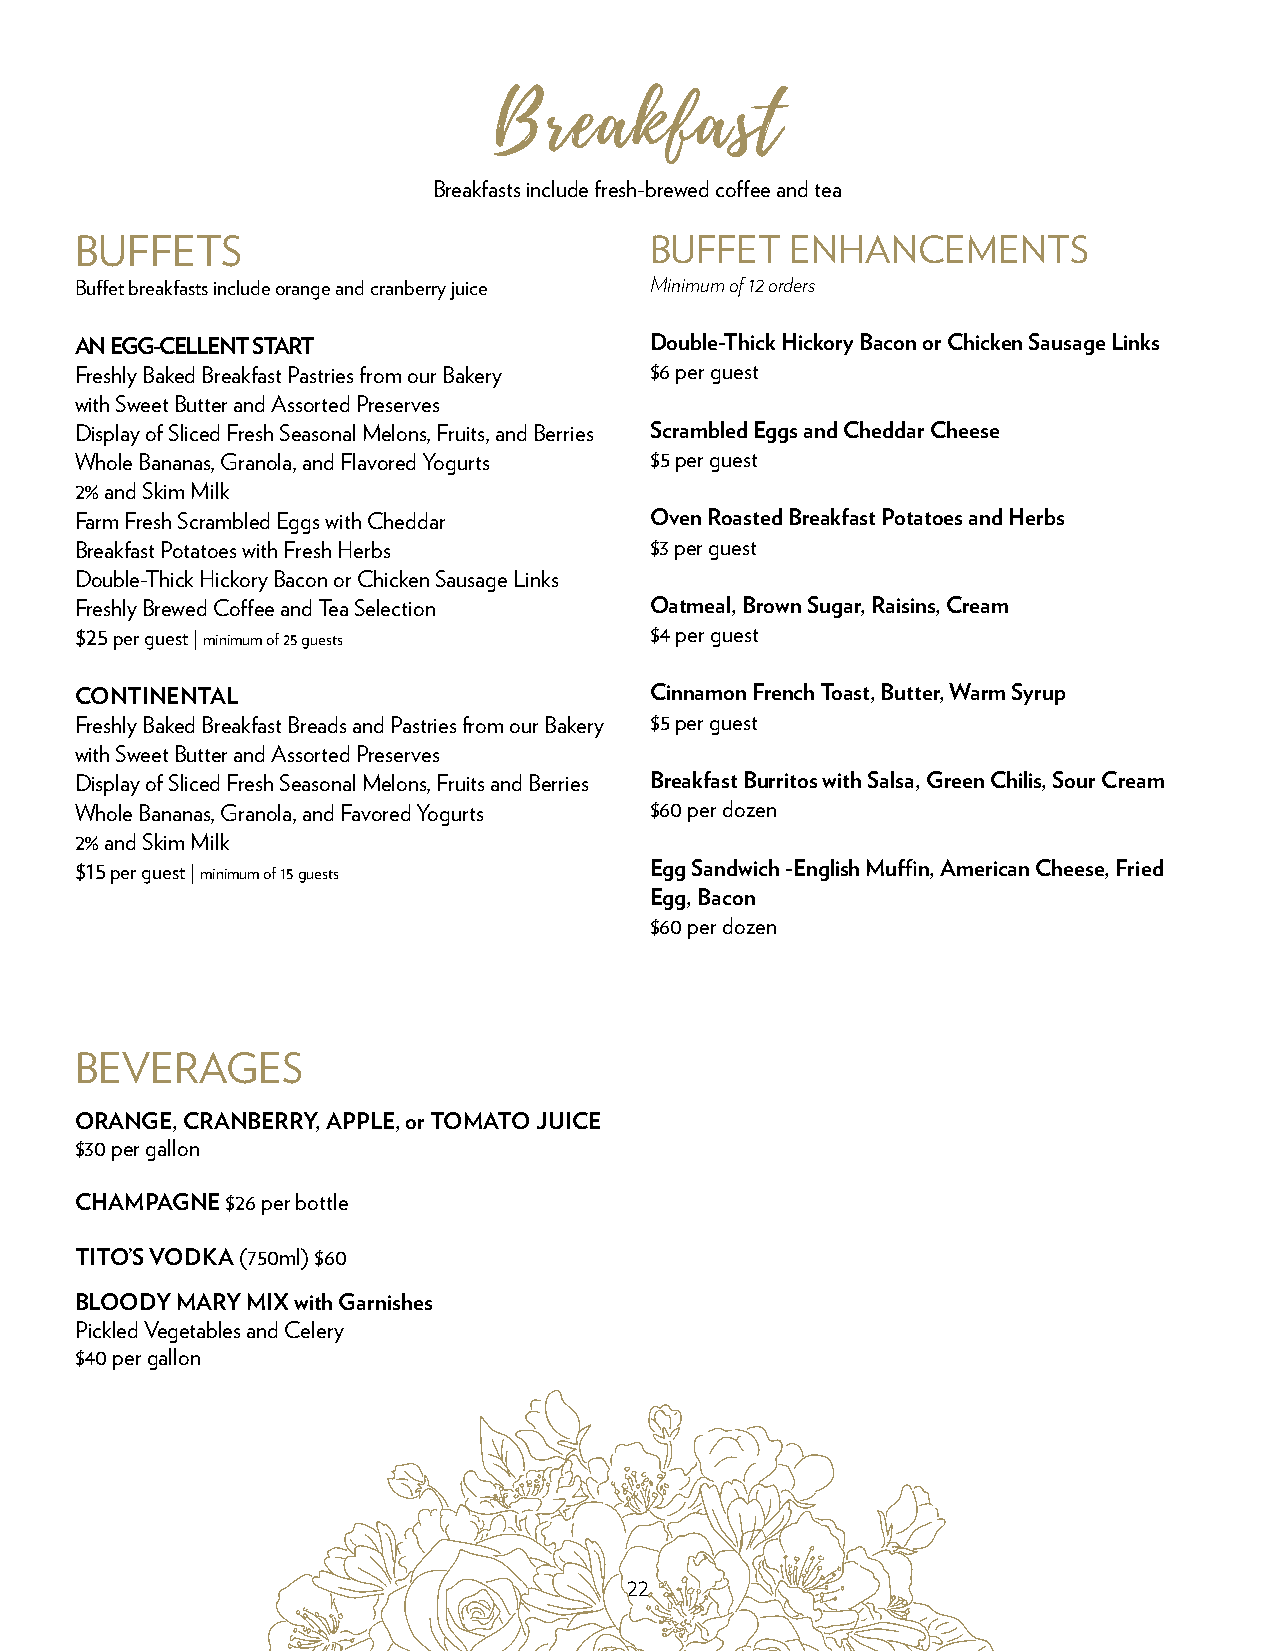
Breakfast
 Breakfasts include fresh-brewed coffee and tea
 BUFFETS                               BUFFET   ENHANCEMENTS
 Buffet breakfasts include orange and cranberry juice Minimum of 12 orders
 AN EGG-CELLENT START                  Double-Thick Hickory Bacon or Chicken Sausage Links
 Freshly Baked Breakfast Pastries from our Bakery $6 per guest
 with Sweet Butter and Assorted Preserves
 Display of Sliced Fresh Seasonal Melons, Fruits, and Berries Scrambled Eggs and Cheddar Cheese
 Whole Bananas, Granola, and Flavored Yogurts $5 per guest
 2% and Skim Milk
 Farm Fresh Scrambled Eggs with Cheddar Oven Roasted Breakfast Potatoes and Herbs
 Breakfast Potatoes with Fresh Herbs   $3 per guest
 Double-Thick Hickory Bacon or Chicken Sausage Links
 Freshly Brewed Coffee and Tea Selection Oatmeal, Brown Sugar, Raisins, Cream
 $25 per guest | minimum of 25 guests  $4 per guest
 CONTINENTAL                           Cinnamon French Toast, Butter, Warm Syrup
 Freshly Baked Breakfast Breads and Pastries from our Bakery $5 per guest
 with Sweet Butter and Assorted Preserves
 Display of Sliced Fresh Seasonal Melons, Fruits and Berries Breakfast Burritos with Salsa, Green Chilis, Sour Cream
 Whole Bananas, Granola, and Favored Yogurts $60 per dozen
 2% and Skim Milk
 $15 per guest | minimum of 15 guests  Egg Sandwich -English Muffin, American Cheese, Fried
 Egg, Bacon
 $60 per dozen
 BEVERAGES
 ORANGE, CRANBERRY, APPLE, or TOMATO JUICE
 $30 per gallon
 CHAMPAGNE $26 per bottle
 TITO’S VODKA (750ml) $60
 BLOODY MARY MIX with Garnishes
 Pickled Vegetables and Celery
 $40 per gallon
 22